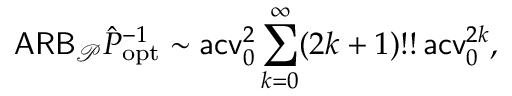
\mathsf { A R B } _ { \mathcal P } \hat { P } _ { \mathrm { o p t } } ^ { - 1 } \sim \mathsf { a c v } _ { 0 } ^ { 2 } \sum _ { k = 0 } ^ { \infty } ( 2 k + 1 ) ! ! \, \mathsf { a c v } _ { 0 } ^ { 2 k } ,